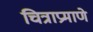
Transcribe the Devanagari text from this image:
चित्राप्रमाणे